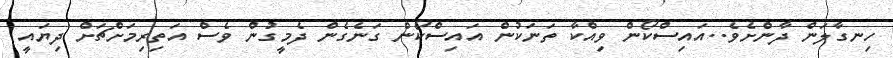
ހިނގާލަން ދާންށެވެ..އައިސްކޯން ވިއްކާ ތަނަކުން އައިސްކޯން ގަނެގެން ދެމީގުން ވެސް އަތިރިމަށްޗަށް ދިޔައީ